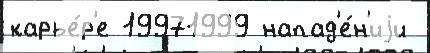
карье́р'е 19971999 напад'е́н'иjи